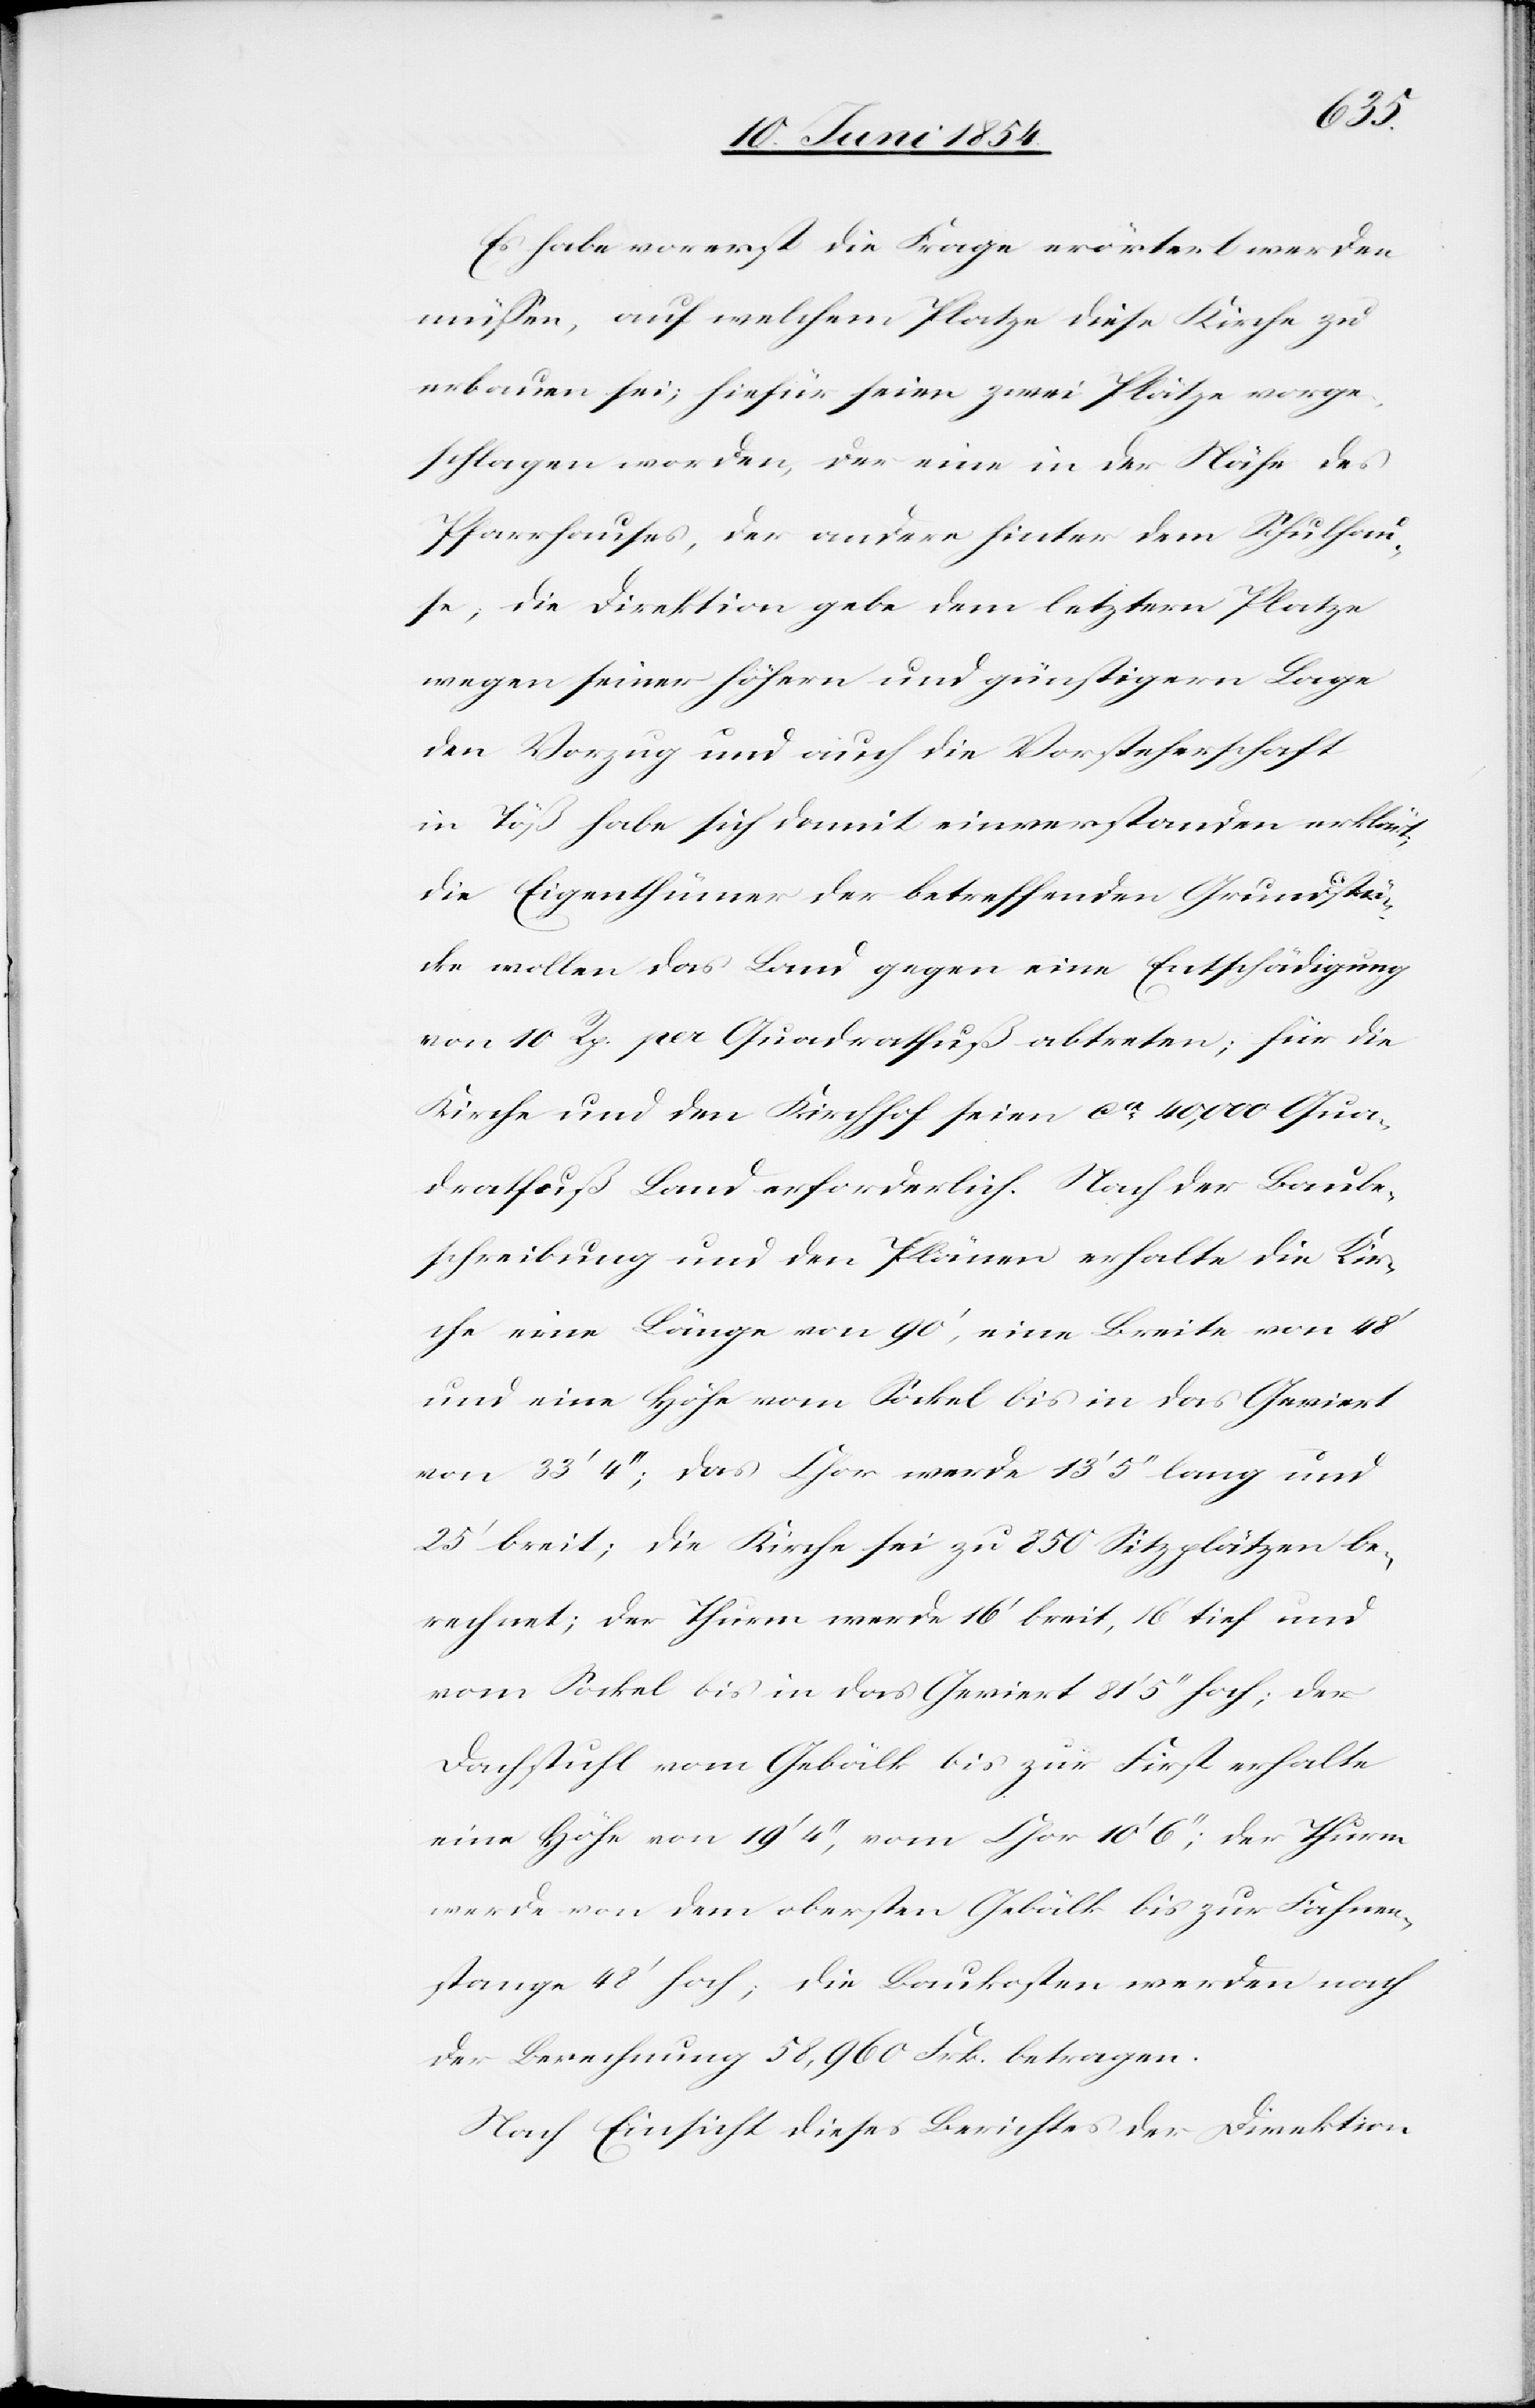
Es habe vorerst die Frage erörtert werden
müßen, auf welchem Platze diese Kirche zu
erbauen sei; hiefür seien zwei Plätze vorge¬
schlagen worden, der eine in der Nähe des
Pfarrhauses, der andere hinter dem Schulhau¬
se; die Direktion gebe dem letztern Platze
wegen seiner höhern und günstigern Lage
den Vorzug und auch die Vorsteherschaft
in Töß habe sich damit einverstanden erklärt;
die Eigenthümer der betreffenden Grundstü¬
cke wollen das Land gegen eine Entschädigung
von 10 Rp. per Quadratfuß abtreten; für die
Kirche und den Kirchhof seien ca 40,000 Qua¬
dratfuß Land erforderlich. Nach der Baube¬
schreibung und den Plänen erhalte die Kir¬
che eine Länge von 90‘, eine Breite von 48‘
und eine Höhe vom Sockel bis in das Geviert
von 33‘ 4‘‘; das Chor werde 13‘ 5‘‘ lang und
25‘ breit; die Kirche sei zu 850 Sitzplätzen be¬
rechnet; der Thurm werde 16‘ breit, 16‘ tief und
vom Sockel bis in das Geviert 81‘ 5‘‘ hoch; der
Dachstuhl vom Gebälk bis zur First erhalte
eine Höhe von 19‘ 4‘‘, vom Chor 10‘ 6‘‘; der Thurm
werde von dem obersten Gebälk bis zur Fahnen¬
stange 48‘ hoch; die Baukosten werden nach
der Berechnung 58,960 Frk. betragen.
Nach Einsicht dieses Berichtes der Direktion